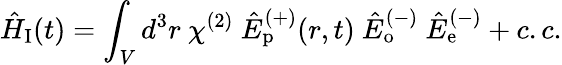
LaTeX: \hat{H}_{\mathrm{I}}(t)=\int_{V}d^{3}r~\chi^{(2)}~\hat{E}_{\mathrm{p}}^{(+)}(r,t)~\hat{E}_{\mathrm{o}}^{(-)}~\hat{E}_{\mathrm{e}}^{(-)}+c.c.